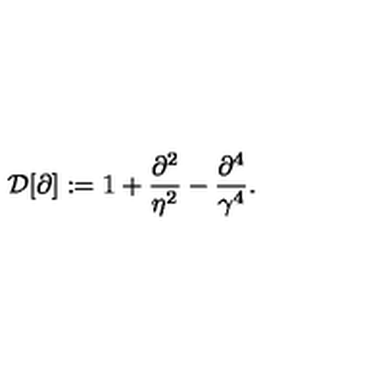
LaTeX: { \cal D } [ \partial ] : = 1 + { \frac { \partial ^ { 2 } } { \eta ^ { 2 } } } - { \frac { \partial ^ { 4 } } { \gamma ^ { 4 } } } .